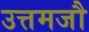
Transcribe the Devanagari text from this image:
उत्तमजौ